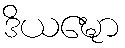
ဒိယဍ္ဎော